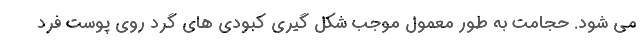
می شود. حجامت به طور معمول موجب شکل گیری کبودی های گرد روی پوست فرد